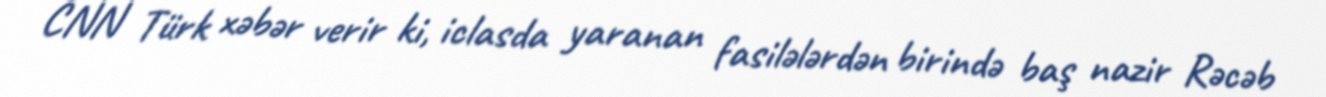
CNN Türk xəbər verir ki, iclasda yaranan fasilələrdən birində baş nazir Rəcəb